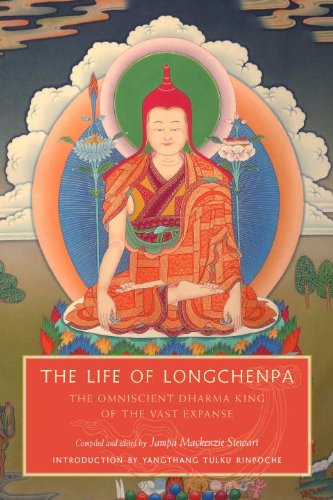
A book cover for The Life of Longchenpa: The Omniscient Dharma King of the Vast Expanse; Religion & Spirituality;